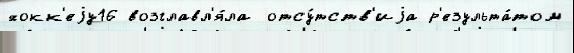
хокк'еjу16 возглавл'я́ла отсу́тств'иjа р'езульта́том